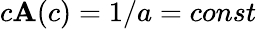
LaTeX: c\mathbf{A}(c)=1/a=const